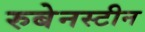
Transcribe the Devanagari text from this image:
रुबेनस्टीन